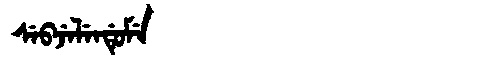
Manchu: ᠰᡝᠪᠵᡝᠯᡝᠨᡩᡠᠮᡝ
Romanization: SEBJELENDUME